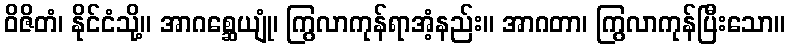
ဝိဇိတံ၊ နိုင်ငံသို့။ အာဂစ္ဆေယျုံ၊ ကြွလာကုန်ရာအံ့နည်း။ အာဂတာ၊ ကြွလာကုန်ပြီးသော။